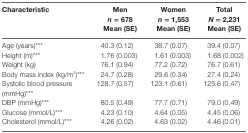
<table><thead><tr><td><b>Characteristic</b></td><td><b>Men<i>n</i> = 678Mean (SE)</b></td><td><b>Women<i>n</i> = 1,553Mean (SE)</b></td><td><b>Total<i>N</i> = 2,231Mean (SE)</b></td></tr></thead><tbody><tr><td>Age (years)***</td><td>40.3 (0.12)</td><td>38.7 (0.07)</td><td>39.4 (0.07)</td></tr><tr><td>Height (m)***</td><td>1.76 (0.003)</td><td>1.61 (0.003)</td><td>1.68 (0.002)</td></tr><tr><td>Weight (kg)</td><td>76.1 (0.94)</td><td>77.2 (0.72)</td><td>76.7 (0.61)</td></tr><tr><td>Body mass index (kg/m<sup>2</sup>)***</td><td>24.7 (0.28)</td><td>29.6 (0.34)</td><td>27.4 (0.24)</td></tr><tr><td>Systolic blood pressure (mmHg)***</td><td>128.7 (0.57)</td><td>123.1 (0.61)</td><td>125.6 (0.47)</td></tr><tr><td>DBP (mmHg)***</td><td>80.5 (0.49)</td><td>77.7 (0.71)</td><td>79.0 (0.49)</td></tr><tr><td>Glucose (mmol/L)***</td><td>4.23 (0.10)</td><td>4.64 (0.05)</td><td>4.45 (0.06)</td></tr><tr><td>Cholesterol (mmol/L)***</td><td>4.26 (0.02)</td><td>4.63 (0.02)</td><td>4.46 (0.01)</td></tr></tbody></table>